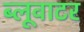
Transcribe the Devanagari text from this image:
ब्लूवाटर